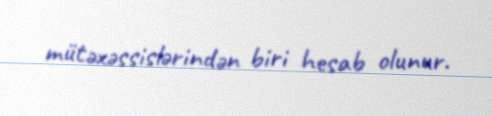
mütəxəssislərindən biri hesab olunur.